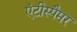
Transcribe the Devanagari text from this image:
एंटीस्पैमर